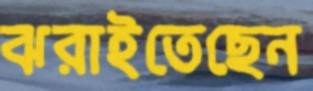
ঝরাইতেছেন